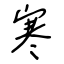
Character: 寒